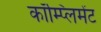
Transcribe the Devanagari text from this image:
कॉम्प्लिमेंट